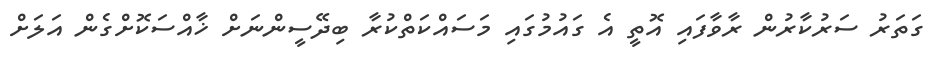
ގަތަރު ސަރުކާރުން ރާވާފައި އޮތީ އެ ގައުމުގައި މަސައްކަތްކުރާ ބިދޭސީންނަށް ޚާއްސަކޮށްގެން އަލަށް